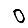
Digit: 0